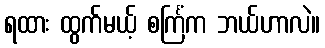
ရထား ထွက်မယ့် စင်္ကြံက ဘယ်ဟာလဲ။